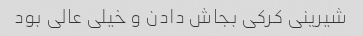
شیرینی کرکی بجاش دادن و خیلی عالی بود